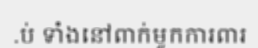
.ប់ ទាំងនៅពាក់មួកការពារ